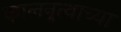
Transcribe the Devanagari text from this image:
कालनृत्याच्या